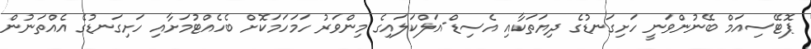
ޕޮޓޭސިއަމް ބޭނުންވަނީ ހަށިގަނޑުގެ ދިޔަތަކާއި އެސިޑް-އަލްކަލައިގެ މިންވަރު ހަމަހަމަކޮށް ބެހެއްޓުމަށާއި ހަށިގަނޑުގެ އެއްތަނުން